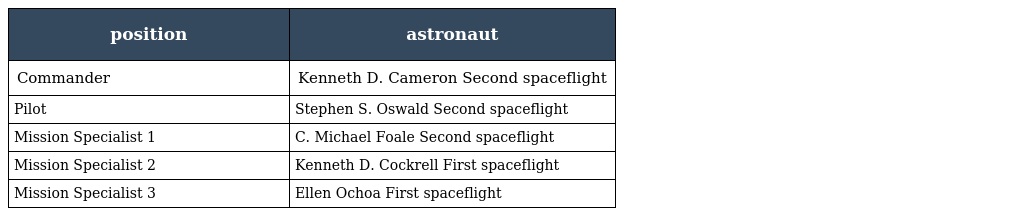
| position | astronaut |
 | --- | --- |
 | Commander | Kenneth D. Cameron Second spaceflight |
 | Pilot | Stephen S. Oswald Second spaceflight |
 | Mission Specialist 1 | C. Michael Foale Second spaceflight |
 | Mission Specialist 2 | Kenneth D. Cockrell First spaceflight |
 | Mission Specialist 3 | Ellen Ochoa First spaceflight |